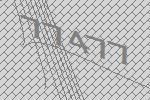
77477